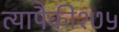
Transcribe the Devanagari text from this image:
त्यापैकी१७५